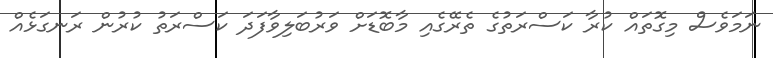
ނަމަވެސް މިގޮތައް ކުރާ ކަސްރަތުގެ ތެރޭގެއި މާބޮޑަށް ވަރުބަލިވާފަދަ ކަސްރަތު ކުރުން ރަނގަޅެއް